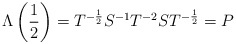
\begin{align*}\Lambda \left( \frac{1}{2}\right) =T^{-\frac{1}{2}}S^{-1}T^{-2}ST^{-\frac{1}{2}}=P\end{align*}